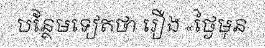
បន្ថែមទៀតថា រឿង «ថ្ងៃមុន